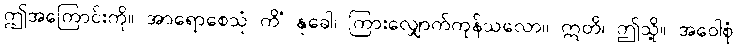
ဤအကြောင်းကို။ အာရောစေသုံ ကိံ နုခေါ၊ ကြားလျှောက်ကုန်သလော။ ဣတိ၊ ဤသို့။ အဝေါစုံ၊